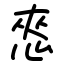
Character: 㤲